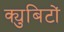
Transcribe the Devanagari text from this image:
क्युबिटों